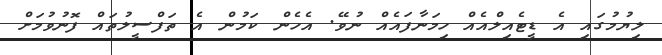
ލިޔުމުގައި އެ ޑީޓެއިލްއެއް ހިމަނާފައެއް ނުވޭ. އެހެން ކަމުން އެ ތަފްސީލުތައް ފޮނުވުމަށް